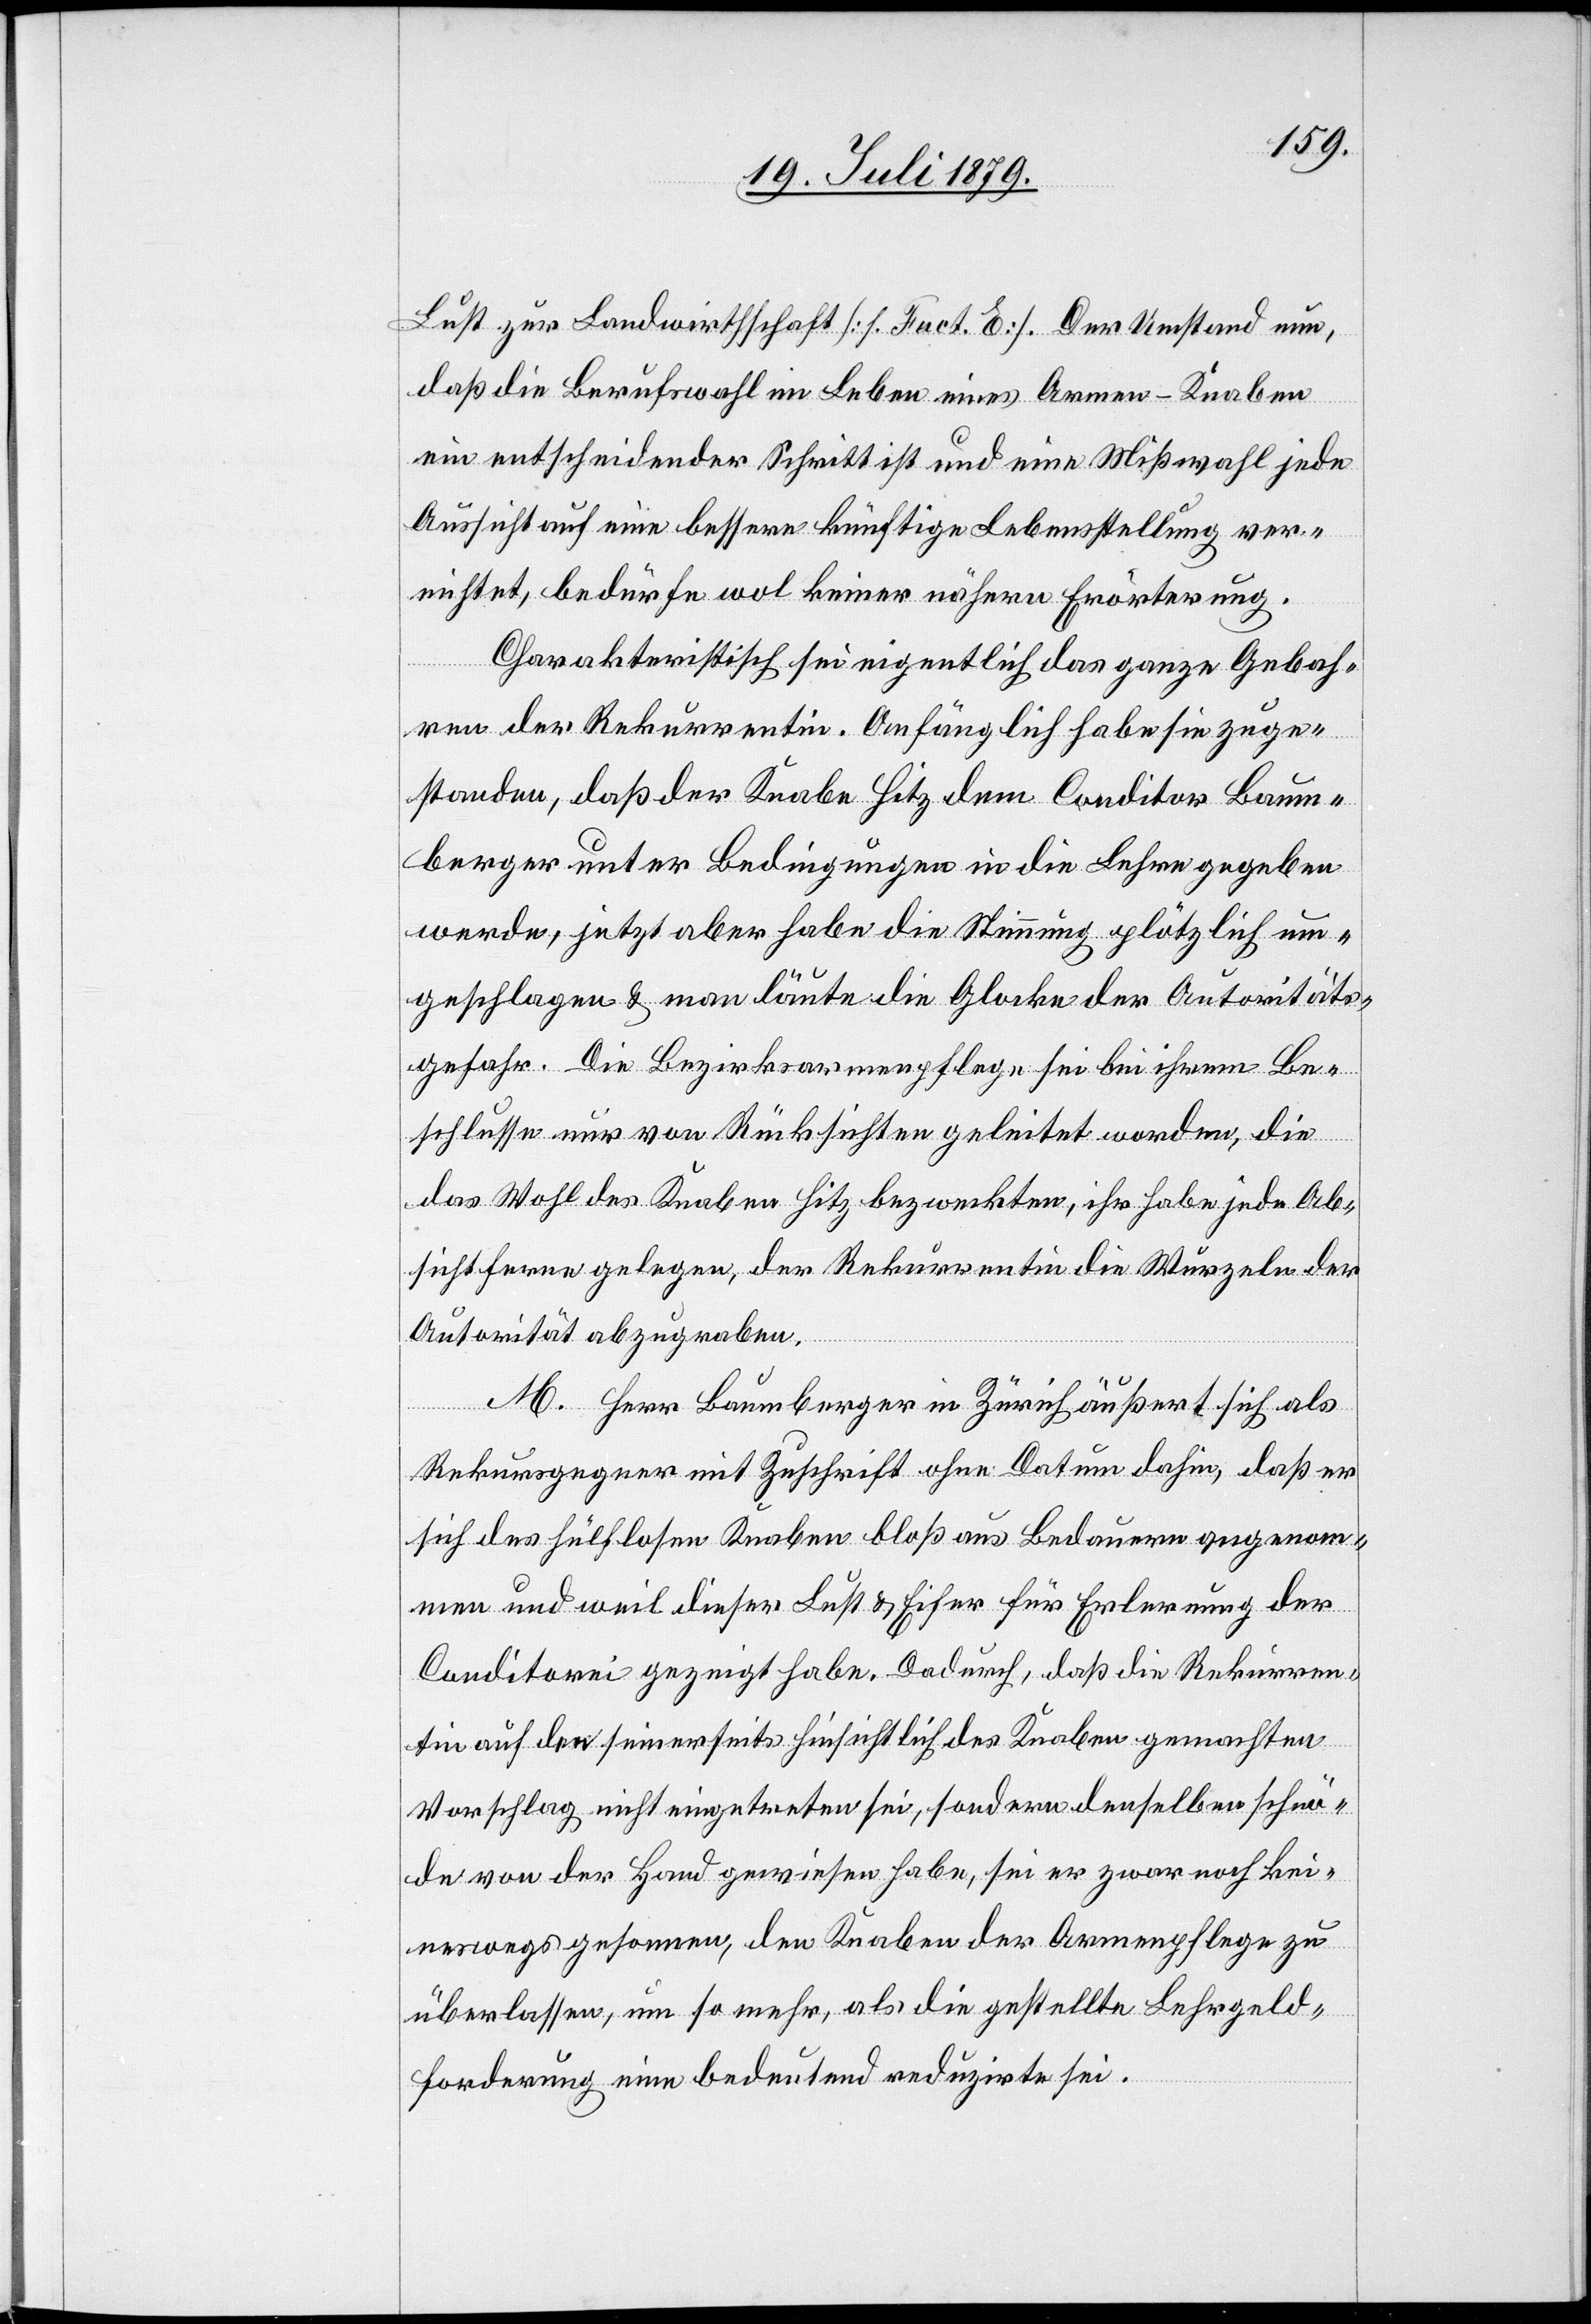
Lust zur Landwirthschaft [s. Fact. E]. Der Umstand nun,
daß die Berufswahl im Leben eines Armen-Knaben
ein entscheidender Schritt ist und eine Mißwahl jede
Aussicht auf eine bessere künftige Lebensstellung ver¬
nichtet, bedürfe wol keiner nähern Erörterung.
Charakteristisch sei eigentlich das ganze Gebah¬
ren der Rekurrentin. Anfänglich habe sie zuge¬
standen, daß der Knabe Hitz dem Conditor Baum¬
berger unter Bedingungen in die Lehre gegeben
werde, jetzt aber habe die Stimmung plötzlich um¬
geschlagen & man läute die Glocke der Autoritäts¬
gefahr. Die Bezirksarmenpflege sei bei ihrem Be¬
schlusse nur von Rücksichten geleitet worden, die
das Wohl des Knaben Hitz bezweckten, ihr habe jede Ab¬
sicht ferne gelegen, der Rekurrentin die Wurzeln der
Autorität abzugraben.
M. Herr Baumberger in Zürich äußert sich als
Rekursgegner mit Zuschrift ohne Datum dahin, daß er
sich des hülflosen Knaben bloß aus Bedauern angenom¬
men und weil dieser Lust & Eifer für Erlernung der
Conditorei gezeigt habe. Dadurch, daß die Rekurren¬
tin auf den seinerseits hinsichtlich des Knaben gemachten
Vorschlag nicht eingetreten sei, sondern denselben schnö¬
de von der Hand gewiesen habe, sei er zwar noch kei¬
neswegs gesonnen, den Knaben der Armenpflege zu
überlassen, um so mehr, als die gestellte Lehrgeld¬
forderung eine bedeutend reduzirte sei.